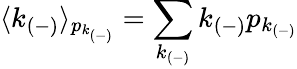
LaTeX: \langle k_{(-)}\rangle_{p_{k_{(-)}}}=\sum_{k_{(-)}}k_{(-)}p_{k_{(-)}}